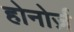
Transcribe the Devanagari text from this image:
होनोर्ज़